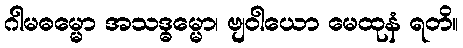
ဂါမဓမ္မော အသဒ္ဓမ္မော၊ ဗျဝါယော မေထုနံ ရတိ။